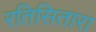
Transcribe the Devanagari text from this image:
रतिसितारा